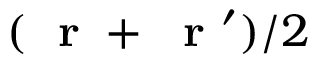
( \mathrm { ~ \bf ~ r ~ } + \mathrm { ~ \bf ~ r ~ } ^ { \prime } ) / 2